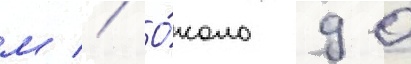
м // О́коло 90